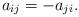
LaTeX: \begin{align*}a_{ij}=-a_{ji}.\end{align*}